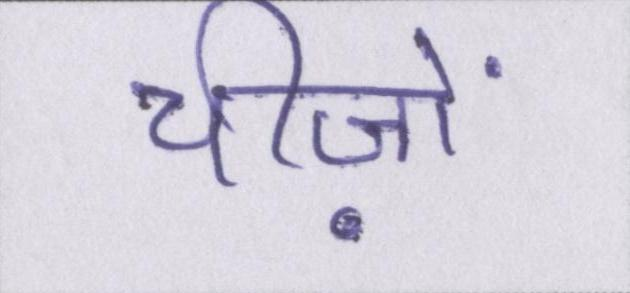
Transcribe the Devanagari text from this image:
चीज़ों